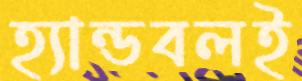
হ্যান্ডবলই